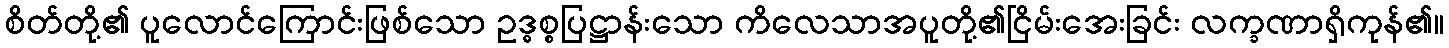
စိတ်တို့၏ ပူလောင်ကြောင်းဖြစ်သော ဥဒ္ဓစ္စပြဋ္ဌာန်းသော ကိလေသာအပူတို့၏ငြိမ်းအေးခြင်း လက္ခဏာရှိကုန်၏။